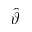
\hat { \vartheta }